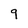
Character: 9